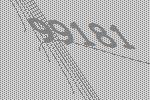
99181